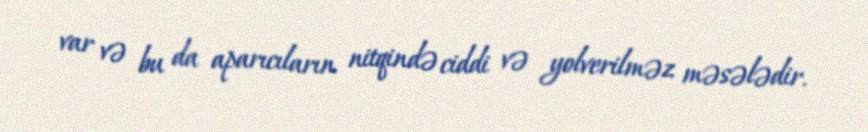
var və bu da aparıcıların nitqində ciddi və yolverilməz məsələdir.